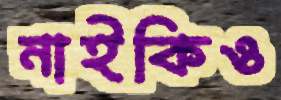
নাইকিও